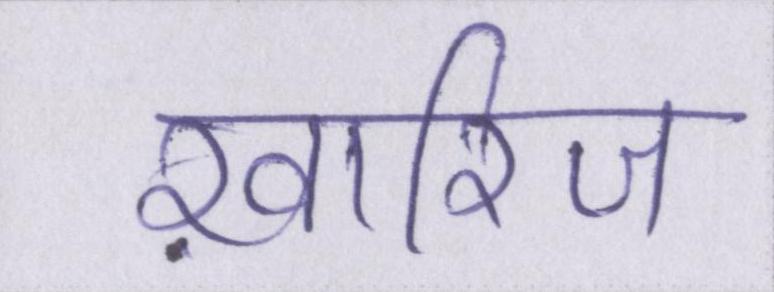
ख़ारिज